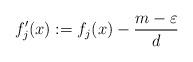
LaTeX: \begin{align*}f_j'(x):= f_j(x)-\frac{m-\varepsilon}{d}\end{align*}